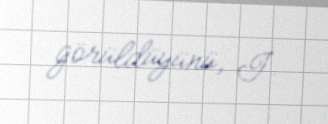
görüldüyünü, İ.